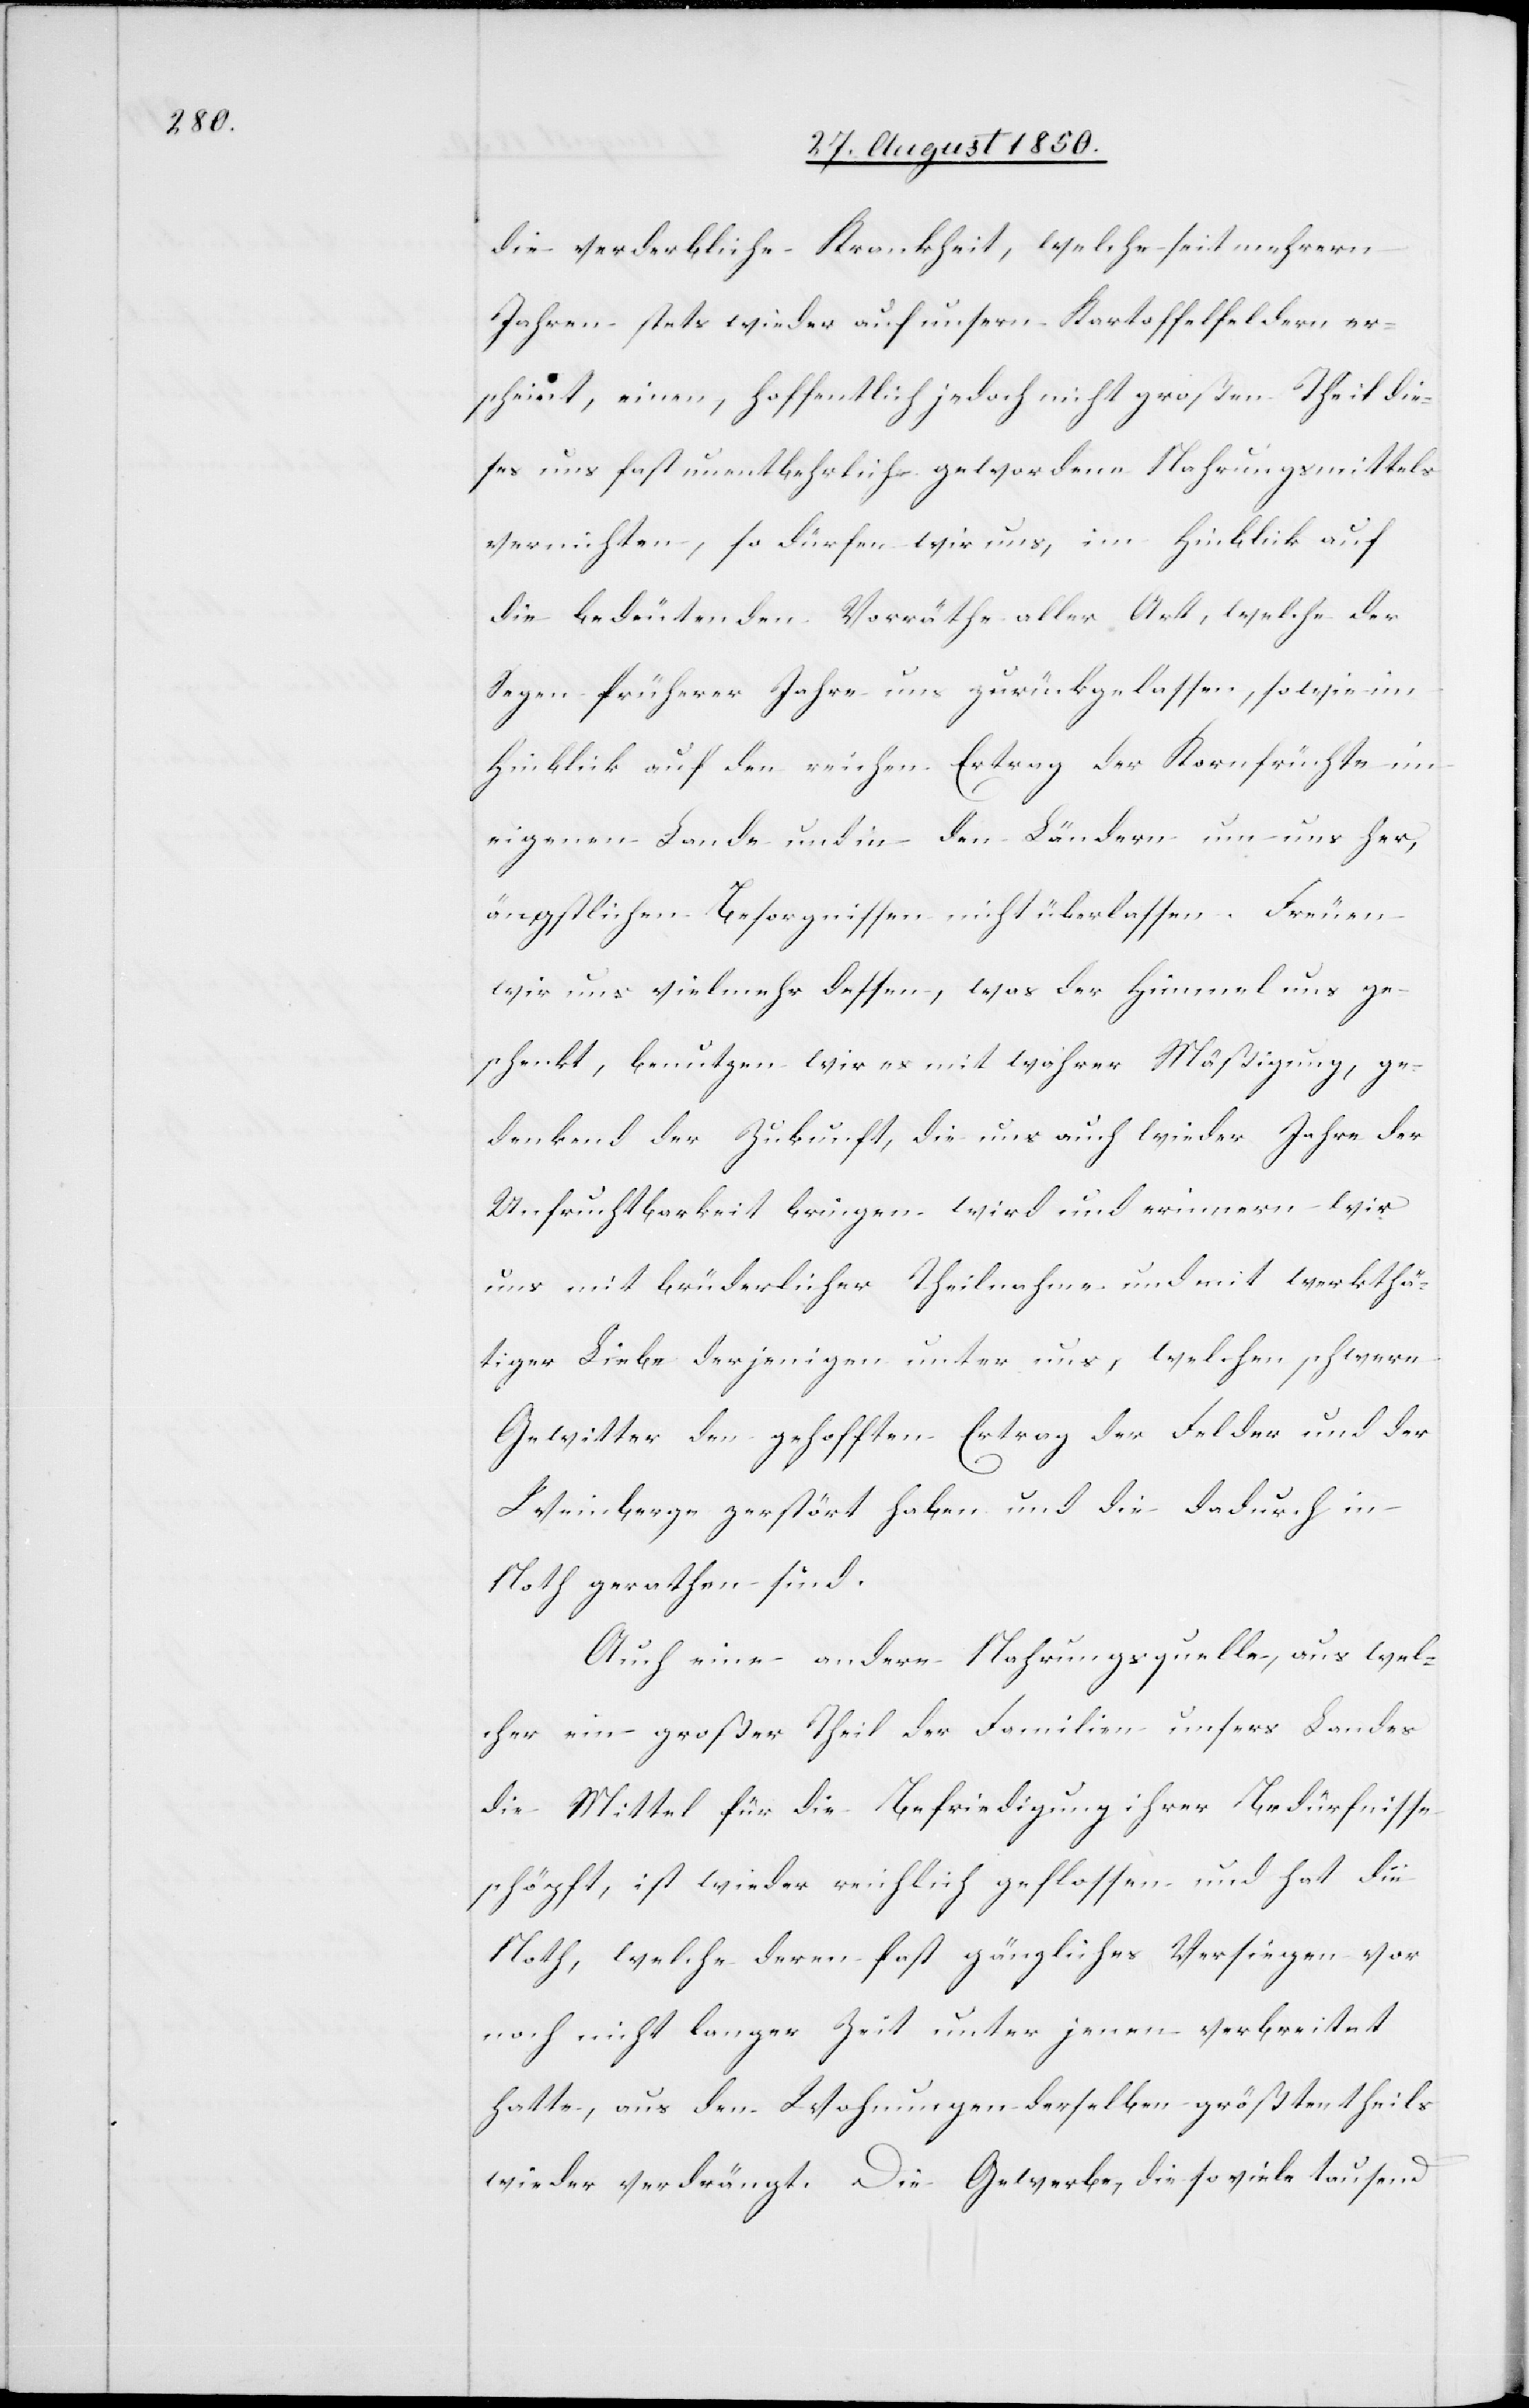
die verderbliche Krankheit, welche seit mehrern
Jahren stets wieder auf unsern Kartoffelfeldern er¬
scheint, einen, hoffentlich jedoch nicht großen Theil die¬
ses uns fast unentbehrlich gewordene Nahrungsmittels
vernichten, so dürfen wir uns, im Hinblick auf
die bedeutenden Vorrähte aller Art, welche der
Segen früherer Jahre uns zurückgelassen, sowie im
Hinblick auf den reichen Ertrag der Kornfrüchte im
eigenen Lande und in den Ländern um uns her,
ängstlichen Besorgnissen nicht überlassen. Freuen
wir uns vielmehr dessen, was der Himmel uns ge¬
schenkt, benutzen wir es mit wahrer Mäßigung, ge¬
denkend der Zukunft, die uns auch wieder Jahre der
Unfruchtbarkeit bringen wird und erinnern wir
uns mit brüderlicher Theilnahme und mit werkthä¬
tiger Liebe derjenigen unter uns, welchen schwere
Gewitter den gehofften Ertrag der Felder und der
Weinberge zerstört haben und die dadurch in
Noth gerathen sind.
Auch eine andere Nahrungsquelle, aus wel¬
cher ein großer Theil der Familien unsers Landes
die Mittel für die Befriedigung ihrer Bedürfnisse
schöpft, ist wieder reichlich geflossen und hat die
Noth, welche deren fast gänzliches Versiegen vor
noch nicht langer Zeit unter jenen verbreitet
hatte, aus den Wohnungen derselben größtentheils
wieder verdrängt. Die Gewerbe, die so viele tausend